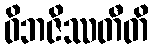
ဝိဘဇိဿတီတိ